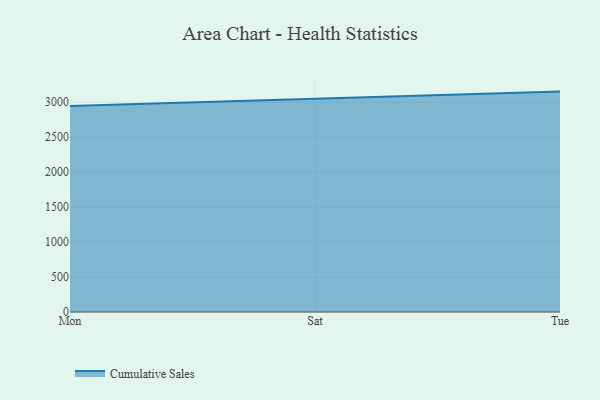
{"axis": {"x": "Day", "y": "Demand Index"}, "legend": ["Cumulative Sales"], "data": [{"x": "Mon", "y": 2945.2, "type": "Cumulative Sales"}, {"x": "Sat", "y": 3044.8, "type": "Cumulative Sales"}, {"x": "Tue", "y": 3152.8, "type": "Cumulative Sales"}]}